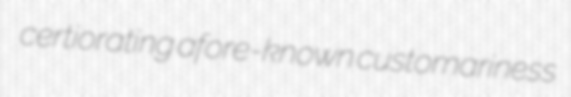
certiorating afore-known customariness